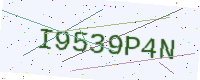
Text: I9539P4N